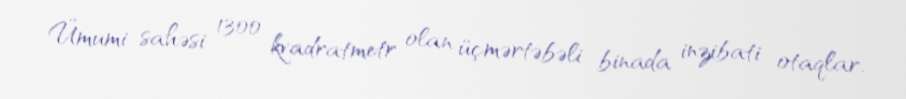
Ümumi sahəsi 1300 kvadratmetr olan üçmərtəbəli binada inzibati otaqlar,